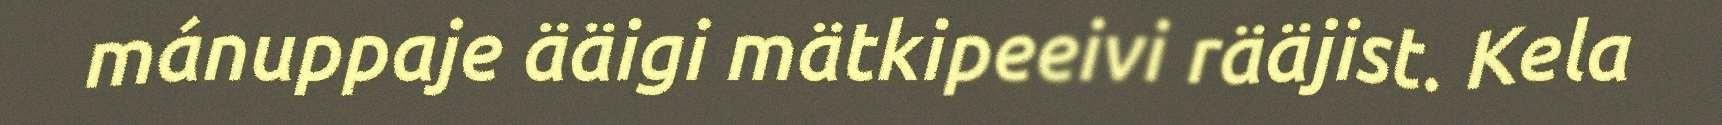
mánuppaje ääigi mätkipeeivi rääjist. Kela